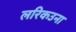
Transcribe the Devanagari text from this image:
लरिकउना